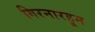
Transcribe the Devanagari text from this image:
गिरनारहून